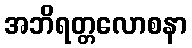
အဘိရတ္တလောစနာ